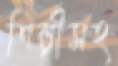
শিল্পীসহ